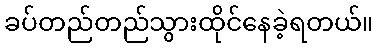
ခပ်တည်တည်သွားထိုင်နေခဲ့ရတယ်။